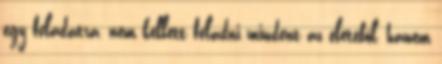
egy feladatra, nem kellett feladni mindent az életéből, hanem